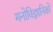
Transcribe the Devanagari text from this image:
मनोविज्ञानिको